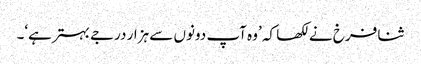
ثنا فرخ نے لکھا کہ ’وہ آپ دونوں سے ہزار درجے بہترہے‘۔